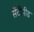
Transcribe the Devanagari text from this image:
सेंटीपीड